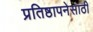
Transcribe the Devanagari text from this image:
प्रतिष्ठापनेसाठी